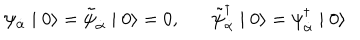
\psi _ { \dot { \alpha } } \mid 0 \rangle = \tilde { \psi } _ { \dot { \alpha } } \mid 0 \rangle = 0 , \tilde { \psi } _ { \dot { \alpha } } ^ { \dagger } \mid 0 \rangle = \psi _ { \dot { \alpha } } ^ { \dagger } \mid 0 \rangle